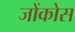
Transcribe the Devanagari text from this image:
जोंकोस